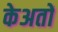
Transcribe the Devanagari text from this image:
केअतों